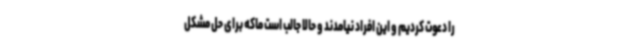
را دعوت کردیم و این افراد نیامدند و حالا جالب است ماکه برای حل مشکل